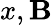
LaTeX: x,\mathbf{B}